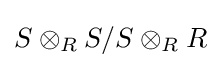
S\otimes _{R}S/S\otimes _{R}R